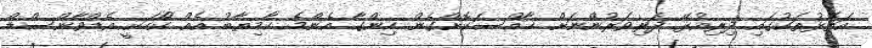
އަތޮޅުތަކުގައި ދިރިއުޅޭ ދަރިވަރުންނަށް ޚާއްސަކޮށްގެން ހިންގާ އެންމެ ކާމިޔާބު އެއް ކޯހަކީ އެޑްވާންސްޑް